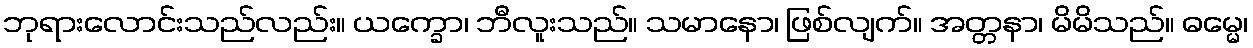
ဘုရားလောင်းသည်လည်း။ ယက္ခော၊ ဘီလူးသည်။ သမာနော၊ ဖြစ်လျက်။ အတ္တနာ၊ မိမိသည်။ ဓမ္မေ၊